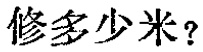
修多少米？